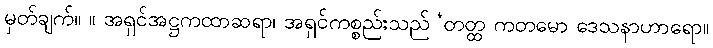
မှတ်ချက်။ ။ အရှင်အဋ္ဌကထာဆရာ၊ အရှင်ကစ္စည်းသည် ‘တတ္ထ ကတမော ဒေသနာဟာရော။